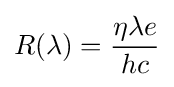
R(\lambda )={\frac {\eta \lambda e}{hc}}